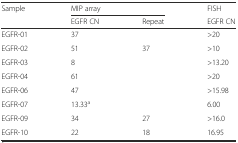
<table><thead><tr><td rowspan="2"><b>Sample</b></td><td colspan="2"><b>MIP array</b></td><td><b>FISH</b></td></tr><tr><td><b>EGFR CN</b></td><td><b>Repeat</b></td><td><b>EGFR CN</b></td></tr></thead><tbody><tr><td>EGFR-01</td><td>37</td><td></td><td>&gt;20</td></tr><tr><td>EGFR-02</td><td>51</td><td>37</td><td>&gt;10</td></tr><tr><td>EGFR-03</td><td>8</td><td></td><td>&gt;13.20</td></tr><tr><td>EGFR-04</td><td>61</td><td></td><td>&gt;20</td></tr><tr><td>EGFR-06</td><td>47</td><td></td><td>&gt;15.98</td></tr><tr><td>EGFR-07</td><td>13.33<sup>a</sup></td><td></td><td>6.00</td></tr><tr><td>EGFR-09</td><td>34</td><td>27</td><td>&gt;16.0</td></tr><tr><td>EGFR-10</td><td>22</td><td>18</td><td>16.95</td></tr></tbody></table>